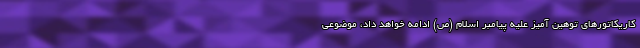
کاریکاتورهای توهین آمیز علیه پیامبر اسلام (ص) ادامه خواهد داد، موضوعی